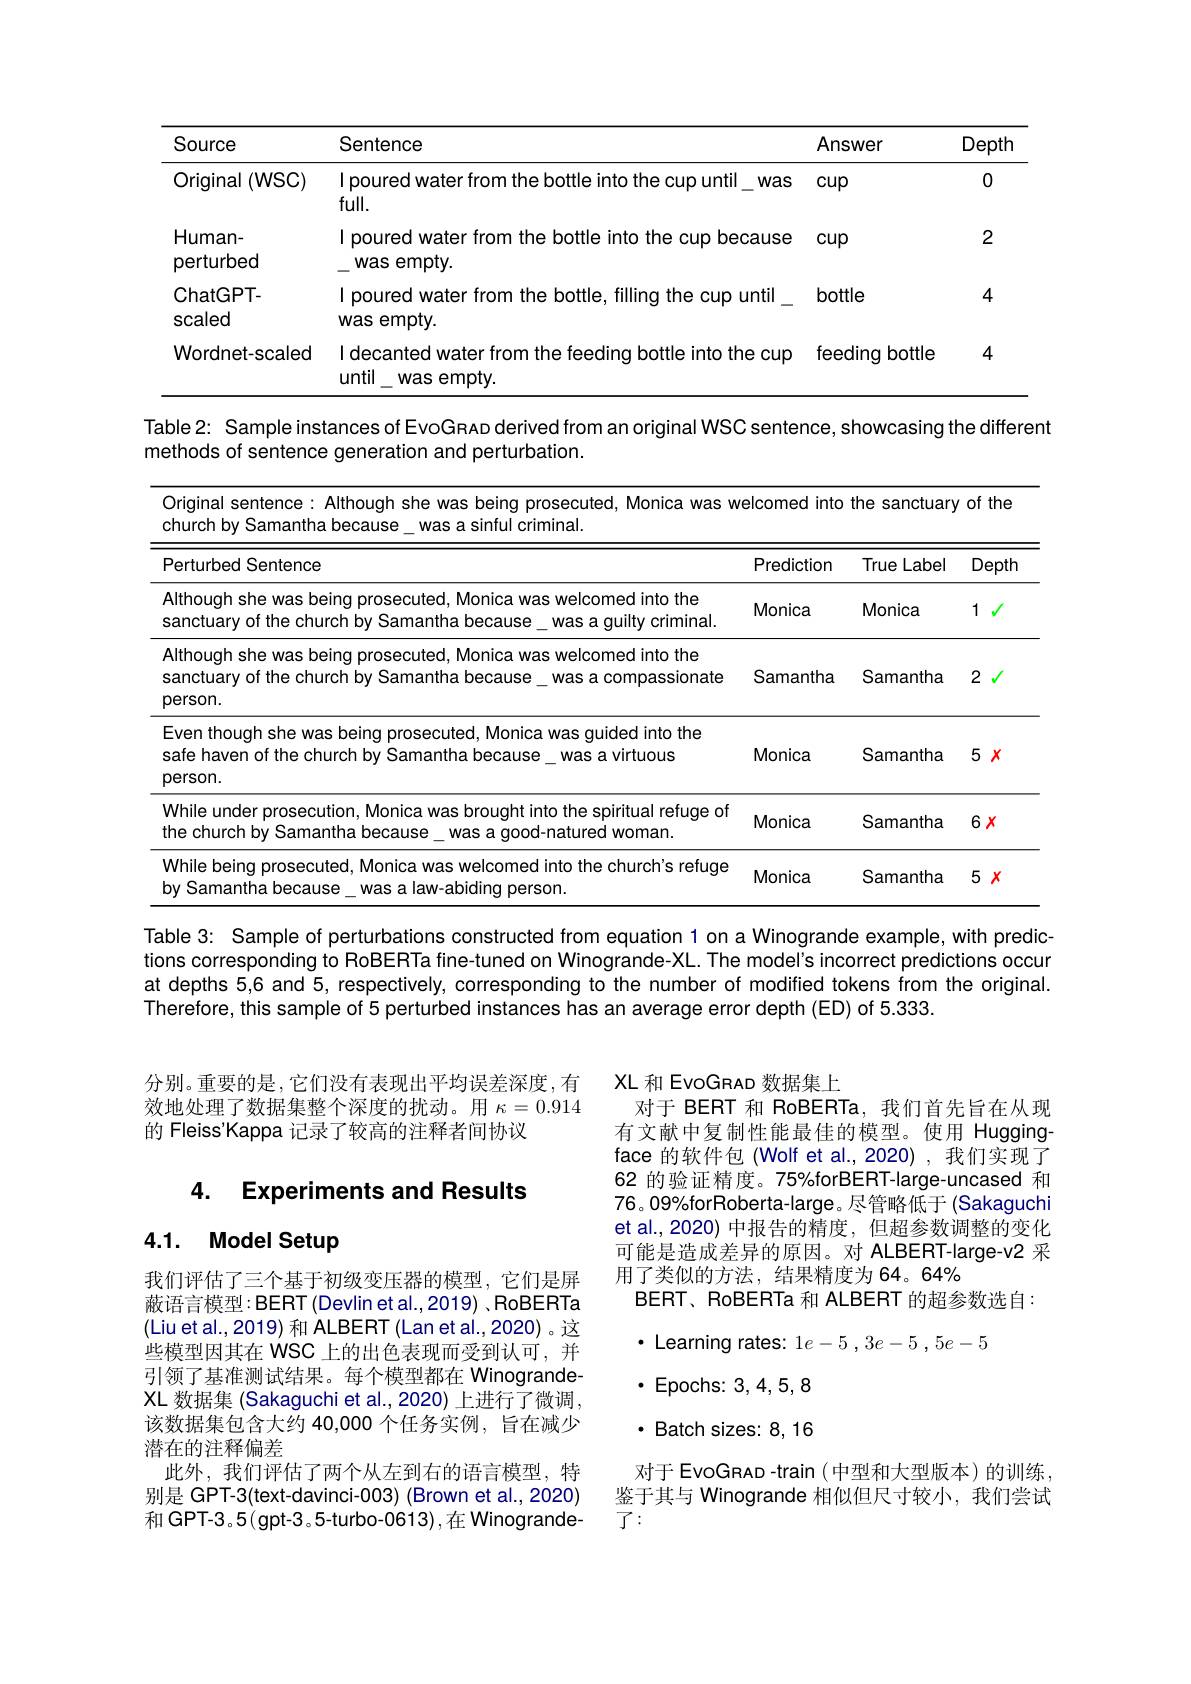
<table>
	<tbody>
		<tr>
			<th>Source</th>
			<th>Sentence</th>
			<th>$AI$</th>
			<th>iswer</th>
			<th>Depth</th>
		</tr>
		<tr>
			<td>Original (WSC)</td>
			<td>I poured water from the bottle into the cup untill full.</td>
			<td>was $CL$</td>
			<td>$p$</td>
			<td>0</td>
		</tr>
		<tr>
			<td>Human- perturbed</td>
			<td>I poured water from the bottle into the cup be was empty.</td>
			<td>ause $CL$</td>
			<td>$p$</td>
			<td>2</td>
		</tr>
		<tr>
			<td>ChatGPT- scaled</td>
			<td>I poured water from the bottle, filling the cup was empty.</td>
			<td>ntil bc</td>
			<td>ttle</td>
			<td>4</td>
		</tr>
		<tr>
			<td>Wordnet-scaled</td>
			<td>I decanted water from the feeding bottle into th until\_was empty.</td>
			<td>fe cup</td>
			<td>sding bottle</td>
			<td>4</td>
		</tr>
		<tr>
			<td>Table2: Sample ins methods of sentence</td>
			<td>ances of EvoGRAD derived from an original WSO generation and perturbation.</td>
			<td>sentence</td>
			<td>showcasing $\Upsilon^{*}$ 7</td>
			<td>he different</td>
		</tr>
		<tr>
			<td>Original sentence church by S Samantha</td>
			<td>Although she was being prosecuted, Monica was w because was a sinful criminal.</td>
			<td>lcomed int</td>
			<td>the sanctuary</td>
			<td>Of the</td>
		</tr>
		<tr>
			<td>Perturbed Sentence</td>
			<td> </td>
			<td>Prediction</td>
			<td>True ${\mathrm{eLabel}}$</td>
			<td>Depth</td>
		</tr>
		<tr>
			<td>Although she was be sanctuary of the chu</td>
			<td>eing prosecuted, Monica was welcomed into the rch by Samantha because\_was a guilty criminal.</td>
			<td>Monica</td>
			<td>Monica</td>
			<td>$1√$</td>
		</tr>
		<tr>
			<td>Although she was $;b\epsilon$ sanctuary of the chu person.</td>
			<td>eing prosecuted, Monica was welcomed into the ch by Samantha because\_was a compassionate</td>
			<td>Samantha</td>
			<td>Samantha</td>
			<td>2 $\sqrt{1}$</td>
		</tr>
		<tr>
			<td>Even though 1 she wa safe haven of the ch person.</td>
			<td>s being prosecuted, Monica was guided into the urch by Samantha because\_was a virtuous</td>
			<td>Monica</td>
			<td>Samantha</td>
			<td>$5x$</td>
		</tr>
		<tr>
			<td>While under prosecu the church by Sama $I_{1}$</td>
			<td>tion, Monica was brought into the spiritual refuge of ntha because\_ was a good-natured woman.</td>
			<td>Monica</td>
			<td>Samantha</td>
			<td>$6x$</td>
		</tr>
		<tr>
			<td rowspan="1">While being prosecuted, Monica was welcomed into the church's refuge was a law-abiding person by Samantha because</td>
			<td>ted, Monica was welcomed into the church's refuge se was a law-abiding person.</td>
			<td>Monica</td>
			<td>Samantha</td>
			<td>$5x$</td>
		</tr>
	</tbody>
</table>

perturbations
ona
example,

tions corresponding to RoBERTa fine-tuned on Winogrande-XL. The model's incorrect predictions occur at depths 5,6 and 5, respectively, corresponding to the number of modified tokens from the original. Therefore, this sample of 5 perturbed instances has an average error depth (ED) of 5.333.

分别。重要的是，它们没有表现出平均误差深度，有效地处理了数据集整个深度的扰动。用$\kappa=0.914$ 的 Fleiss'Kappa 记录了较高的注释者间协议

4. Experiments and Results

# 4.1. Model Setup

我们评估了三个基于初级变压器的模型，它们是屏蔽语言模型：BERT(Devlin et al.,2019) ,RoBERTa (Liu et al., 2019) 和 ALBERT (Lan et al., 2020) 。这些模型因其在 WSC 上的出色表现而受到认可，并引领了基准测试结果。每个模型都在 WinograndeXL 数据集 (Sakaguchi et al., 2020) 上进行了微调， 该数据集包含大约 40,000 个任务实例，旨在减少潜在的注释偏差
此外，我们评估了两个从左到右的语言模型，特别是 GPT-3(text-davinci-003) (Brown et al.,2020) 和 GPT-3。5( gpt-3。5-turbo-0613),在 Winogrande-

XL 和 EvoGRAD 数据集上
对于 BERT 和 RoBERTa,我们首先旨在从现有文献中复制性能最佳的模型。使用 Huggingface 的软件包(Wolf et al.,2020) ,我们实现了62 的验证精度。75%forBERT-large-uncased 和76。09%forRoberta-large。尽管略低于(Sakaguchi et al.,2020) 中报告的精度，但超参数调整的变化可能是造成差异的原因。对 ALBERT-large-v2 采用了类似的方法，结果精度为 64。64%
BERT、RoBERTa 和 ALBERT 的超参数选自：
$\cdot$ Learning rates: 1$e-5,3e-5,5e-5$
$\cdot$ Epochs: 3, 4, 5, 8 $\cdot$ Batch sizes: 8, 16对于 EvoGRAD -train (中型和大型版本)的训练鉴于其与 Winogrande 相似但尺寸较小，我们尝试$\vec{J}:$